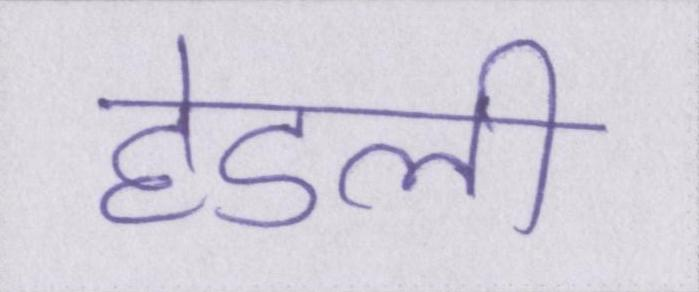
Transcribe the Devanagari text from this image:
हेडली